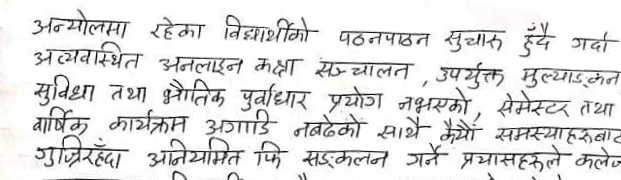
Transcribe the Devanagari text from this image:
अन्योलमा रहेका विद्यार्थीको पठनपाठन सुचारु हुँदै गर्दा
अव्यवस्थित अनलाइन कक्षा सञ्चालन, उपर्युक्त मुल्याङ्‌कन
सुविधा तथा भौतिक पुर्वाधार प्रयोग नभएको, सेमेस्टर तथा
वार्षिक कार्यक्रम अगाडि नबढेको साथै कैयौं समस्याहरुबाट
गुज्रिरहँदा अनियमित फि सङ्‌कलन गर्ने प्रयासहरुले कलेज